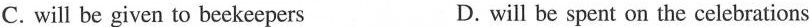
C. will be given to bee keepers D.will be spent on the celebrations